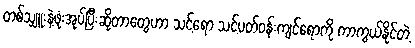
တစ်သျှူးနဲ့ဖုံးအုပ်ပြီးဆိုတာတွေဟာ သင့်ရော သင့်ပတ်ဝန်းကျင်ရောကို ကာကွယ်နိုင်တဲ့